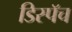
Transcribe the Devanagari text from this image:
डिस्पॅच